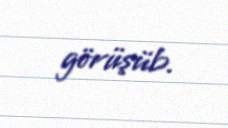
görüşüb.